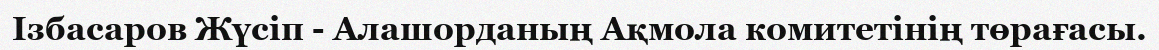
Ізбасаров Жүсіп - Алашорданың Ақмола комитетінің төрағасы.